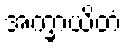
အက္ခာယိတံ